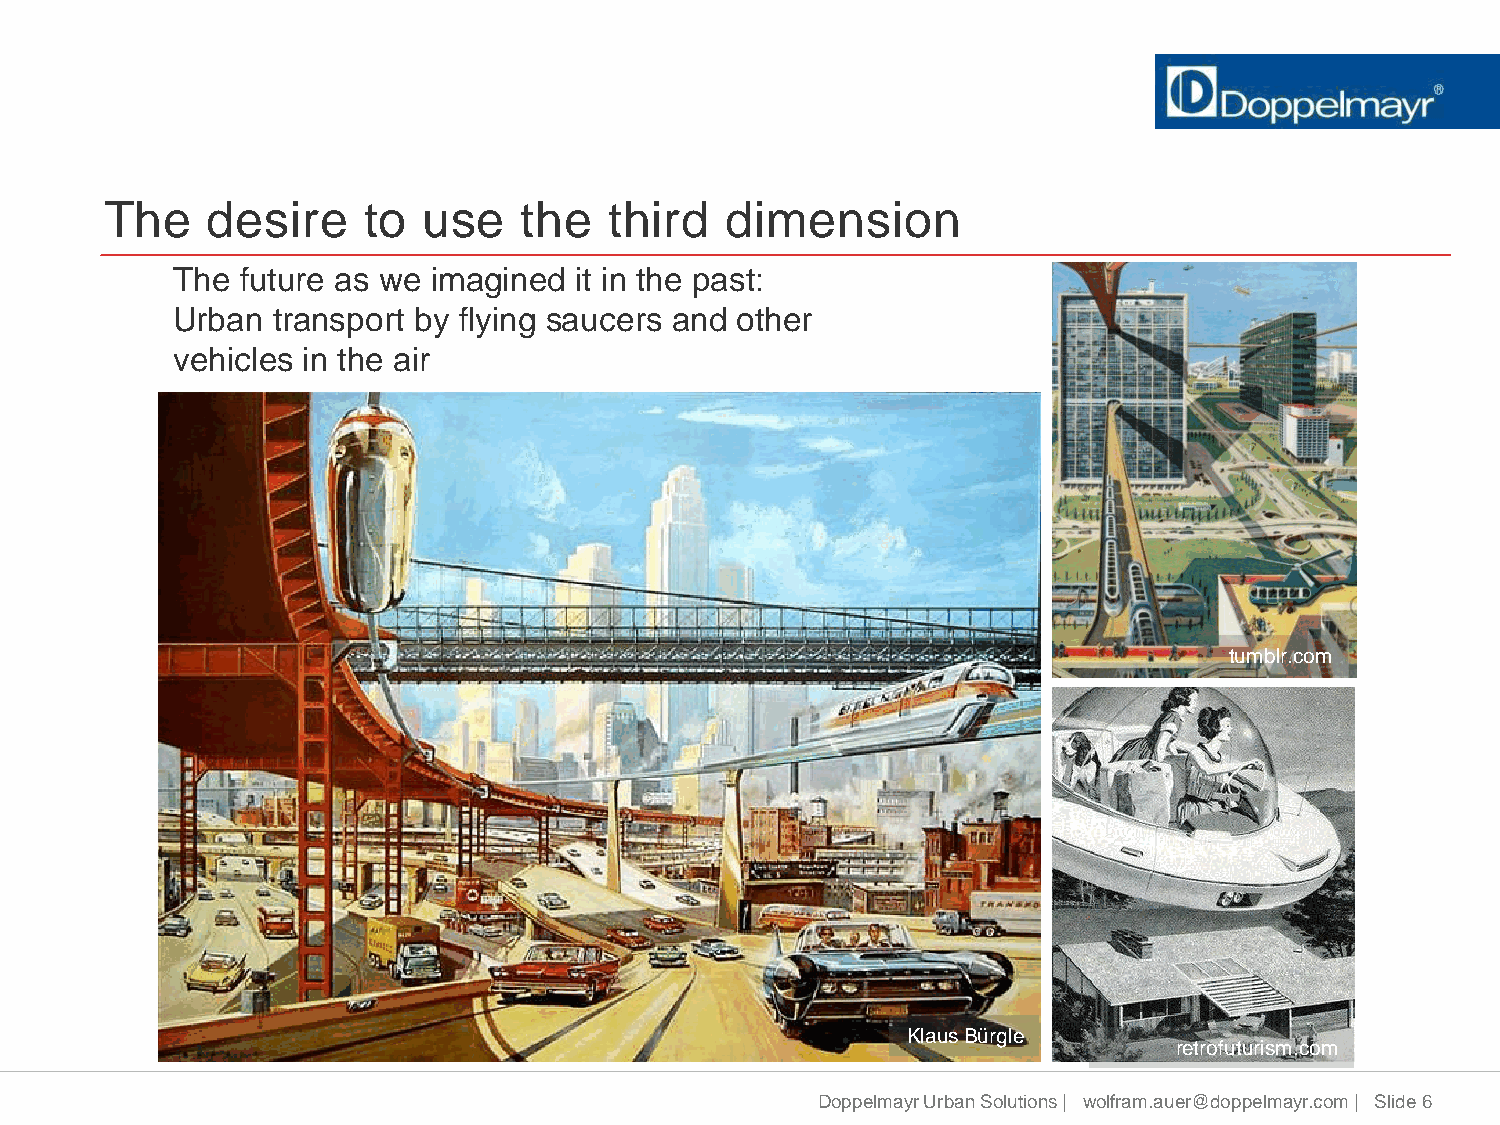
The    desire    to  use    the  third   dimension
 The  future as we imagined it in the past:
 Urban  transport by flying saucers and other
 vehicles in the air
 tumblr.com
 Klaus Bürgle
 retrofuturism.com
 Doppelmayr Urban Solutions | wolfram.auer@doppelmayr.com | Slide 6